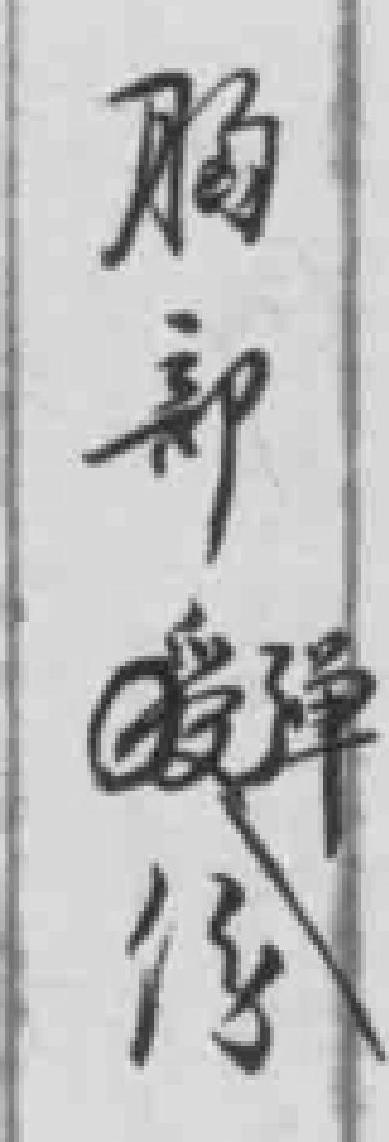
肠部弹伤